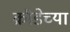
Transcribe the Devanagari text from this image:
क्रीडेच्या